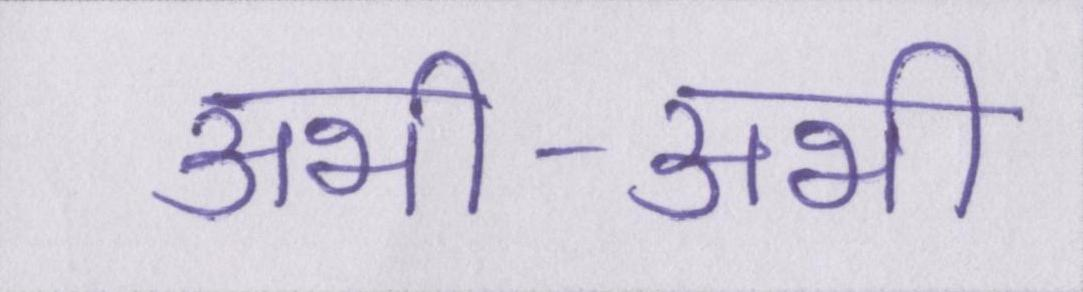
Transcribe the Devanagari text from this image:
अभी-अभी